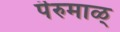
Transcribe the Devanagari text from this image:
पॆरुमाळ्